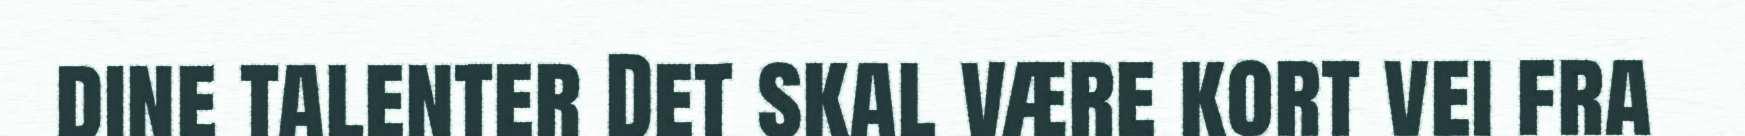
dine talenter Det skal være kort vei fra